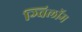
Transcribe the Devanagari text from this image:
ग्विलॉम